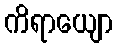
ကိရာယျော